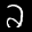
Label: 2